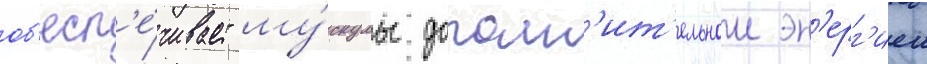
об'есп'е́чивает му́скулы дополн'ит'ельнои эн'ерг'иеи